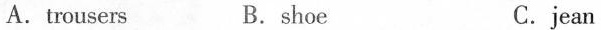
A.trousers B.shoe C.jean